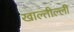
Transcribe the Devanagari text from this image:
खाल्तील्ली